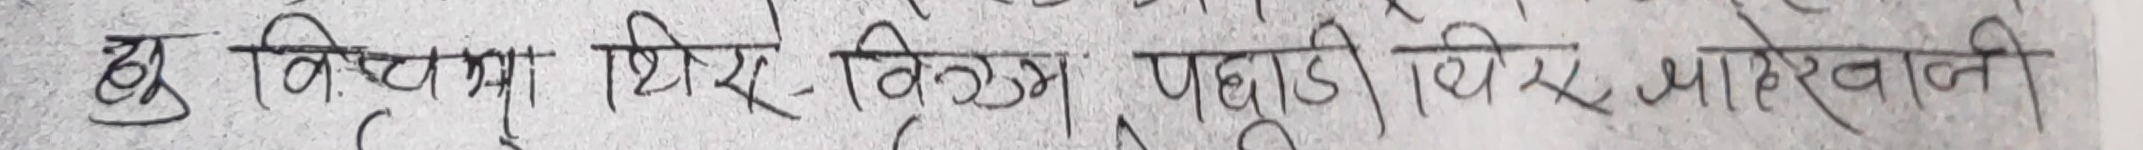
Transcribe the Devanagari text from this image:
घुत्रिचमा थिरै विक्रम पहाडी भीरमा खनाइति